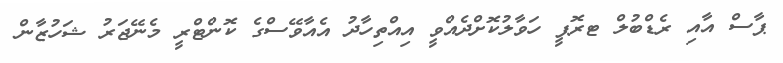
ޕާސް އާއި ރެޑްބުލް ޓރޮފީ ހަވާލުކޮށްދެއްވީ އިއްތިހާދު އެއާވޭސްގެ ކޮންޓްރީ މެނޭޖަރު ޝަހުޒާން